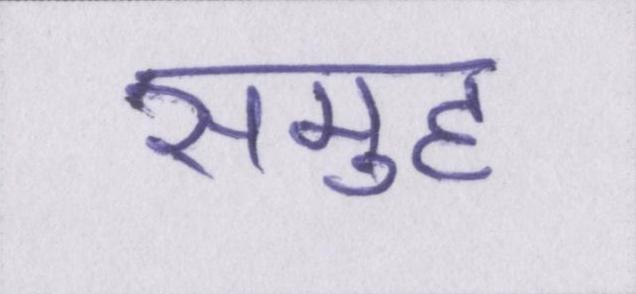
समुह